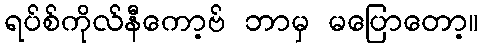
ရပ်စ်ကိုလ်နီကော့ဗ် ဘာမှ မပြောတော့။